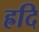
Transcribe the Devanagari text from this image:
ह्रदि